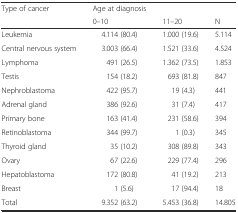
<table><thead><tr><td><b>Type of cancer</b></td><td><b>Age at diagnosis</b></td><td></td><td></td></tr><tr><td></td><td><b>0–10</b></td><td><b>11–20</b></td><td><b>N</b></td></tr></thead><tbody><tr><td>Leukemia</td><td>4.114 (80.4)</td><td>1.000 (19.6)</td><td>5.114</td></tr><tr><td>Central nervous system</td><td>3.003 (66.4)</td><td>1.521 (33.6)</td><td>4.524</td></tr><tr><td>Lymphoma</td><td>491 (26.5)</td><td>1.362 (73.5)</td><td>1.853</td></tr><tr><td>Testis</td><td>154 (18.2)</td><td>693 (81.8)</td><td>847</td></tr><tr><td>Nephroblastoma</td><td>422 (95.7)</td><td>19 (4.3)</td><td>441</td></tr><tr><td>Adrenal gland</td><td>386 (92.6)</td><td>31 (7.4)</td><td>417</td></tr><tr><td>Primary bone</td><td>163 (41.4)</td><td>231 (58.6)</td><td>394</td></tr><tr><td>Retinoblastoma</td><td>344 (99.7)</td><td>1 (0.3)</td><td>345</td></tr><tr><td>Thyroid gland</td><td>35 (10.2)</td><td>308 (89.8)</td><td>343</td></tr><tr><td>Ovary</td><td>67 (22.6)</td><td>229 (77.4)</td><td>296</td></tr><tr><td>Hepatoblastoma</td><td>172 (80.8)</td><td>41 (19.2)</td><td>213</td></tr><tr><td>Breast</td><td>1 (5.6)</td><td>17 (94.4)</td><td>18</td></tr><tr><td>Total</td><td>9.352 (63.2)</td><td>5.453 (36.8)</td><td>14.805</td></tr></tbody></table>